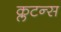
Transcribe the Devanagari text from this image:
क्लटन्स